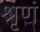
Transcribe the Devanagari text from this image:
श्रृणं